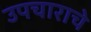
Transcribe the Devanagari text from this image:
उपचाराचे